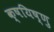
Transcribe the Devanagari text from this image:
क्षयिष्णु